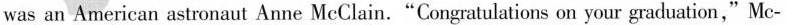
was an American astronaut Anne McClain."Congratulations on your graduation," Mc-